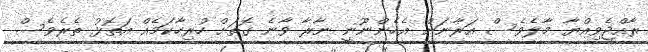
ރާއްޖެވިއްޔާ މާލެވެސް އަރާނަން އެހެންނޫނީ ނާރާ ވާނެ ގޮތަށް ހުރިހާކަމެއް އަތޮޅު ތެރެވެސް